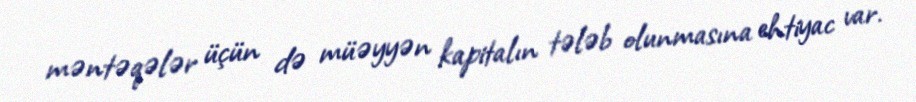
məntəqələr üçün də müəyyən kapitalın tələb olunmasına ehtiyac var.